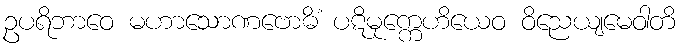
ဥပရိဘာဝေ မဟာသောဏဗောဓိံ ပဋိမုက္ကေဟိယေဝ ဝိညေယျမေဝါတိ